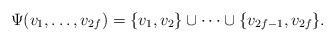
LaTeX: \begin{align*} \Psi(v_1,\ldots,v_{2f})=\{v_1,v_2\} \cup \cdots \cup \{v_{2f-1},v_{2f}\}.\end{align*}